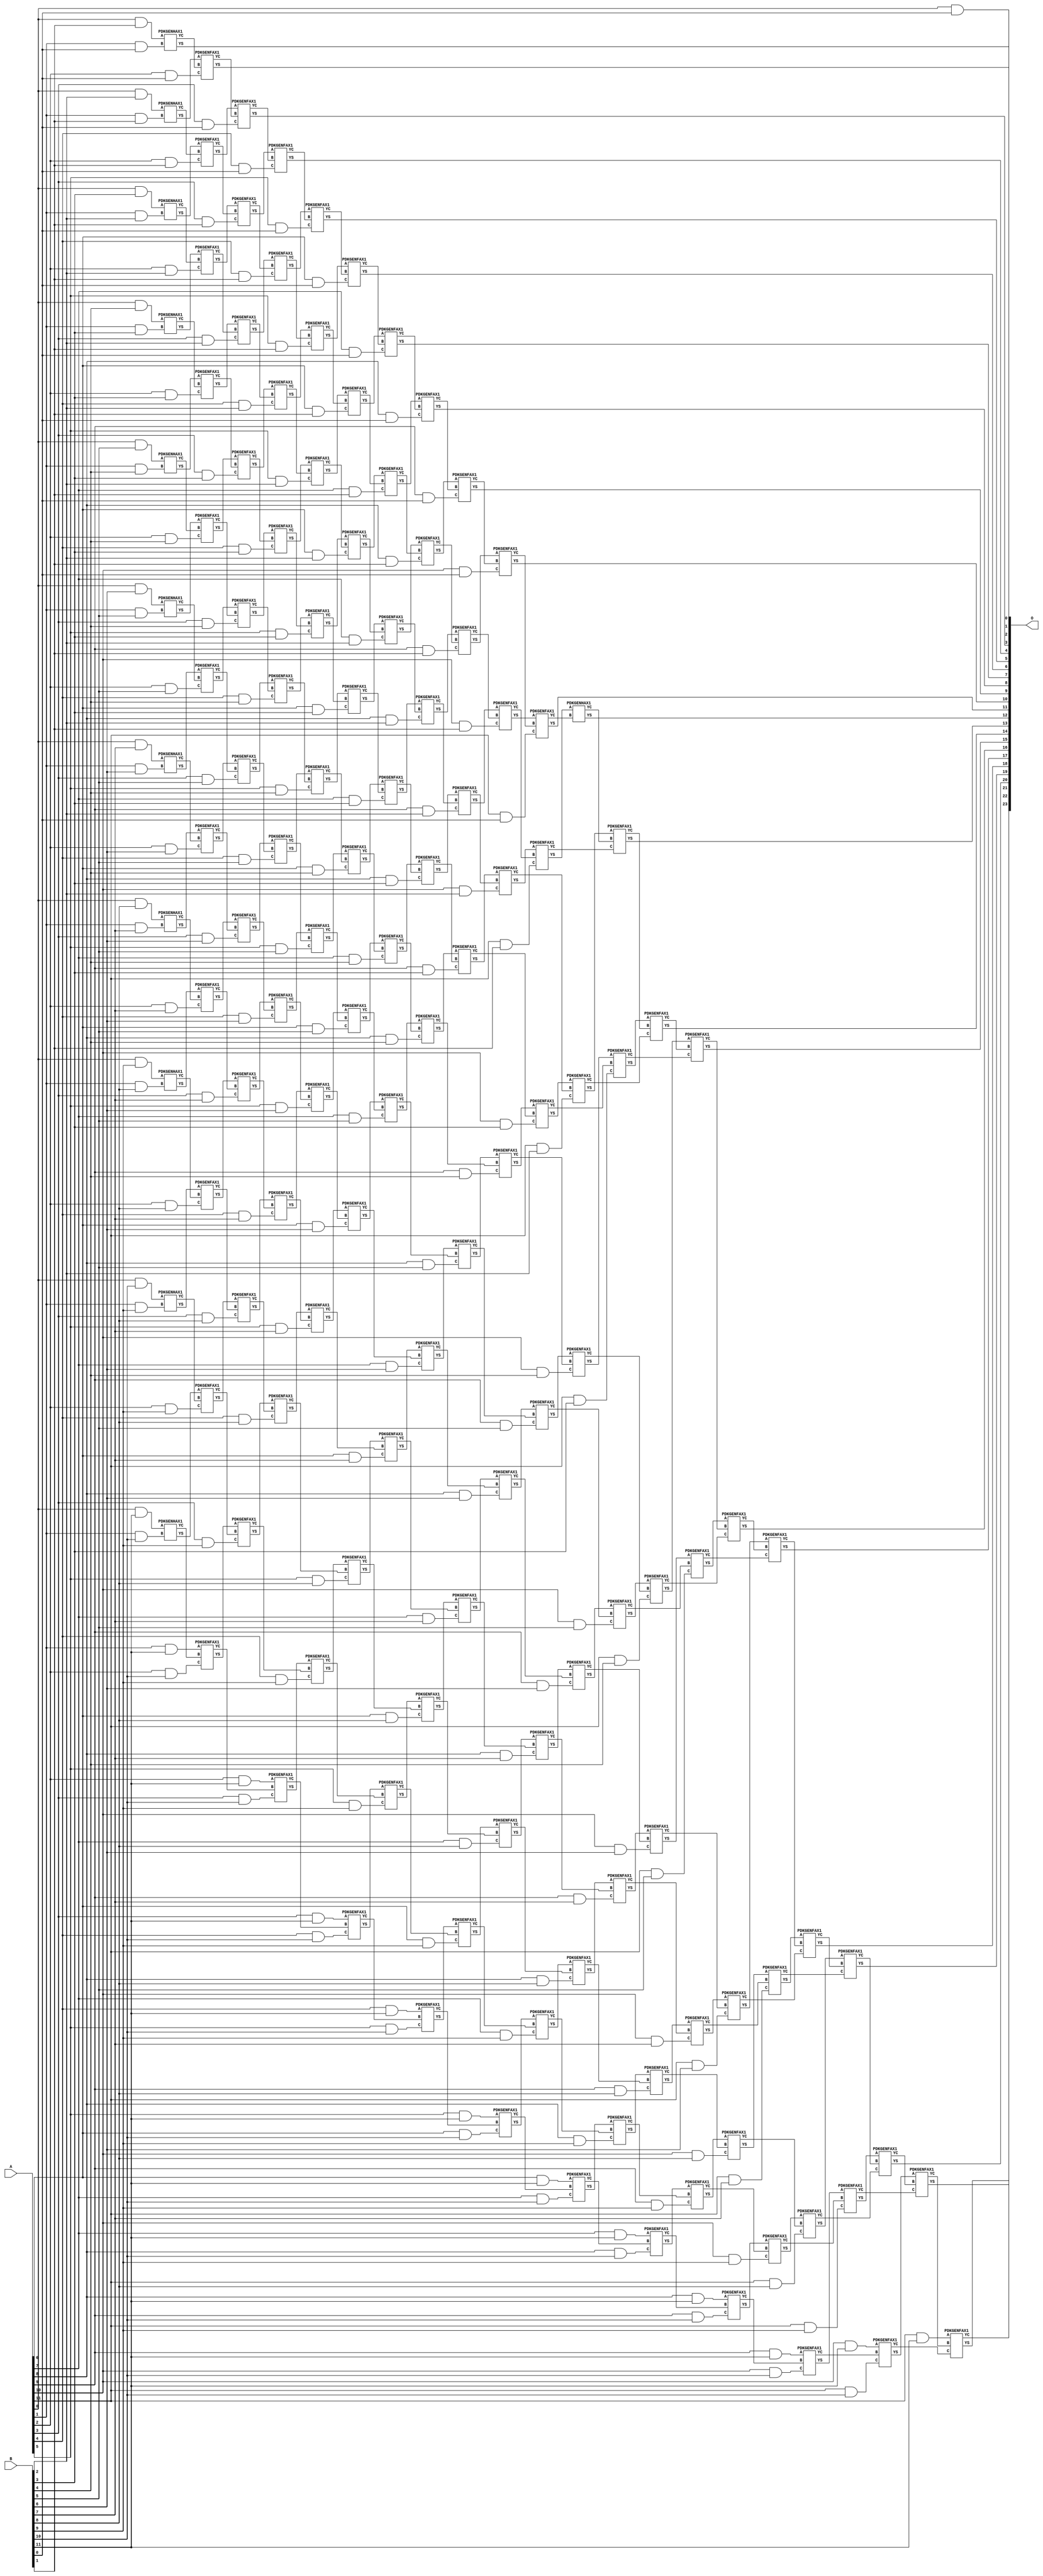
/***
* This code is a part of EvoApproxLib library (ehw.fit.vutbr.cz/approxlib) distributed under The MIT License.
* When used, please cite the following article(s): V. Mrazek, Z. Vasicek, L. Sekanina, H. Jiang and J. Han, "Scalable Construction of Approximate Multipliers With Formally Guaranteed Worst Case Error" in IEEE Transactions on Very Large Scale Integration (VLSI) Systems, vol. 26, no. 11, pp. 2572-2576, Nov. 2018. doi: 10.1109/TVLSI.2018.2856362 
* This file contains a circuit from a sub-set of pareto optimal circuits with respect to the pwr and wce parameters
***/
// MAE% = 0.00 %
// MAE = 0 
// WCE% = 0.00 %
// WCE = 0 
// WCRE% = 0.00 %
// EP% = 0.00 %
// MRE% = 0.00 %
// MSE = 0 
// PDK45_PWR = 1.157 mW
// PDK45_AREA = 1605.0 um2
// PDK45_DELAY = 2.28 ns


module mul12u_342 ( A, B, O );
  input [11:0] A;
  input [11:0] B;
  output [23:0] O;

  wire C_10_0,C_10_1,C_10_10,C_10_2,C_10_3,C_10_4,C_10_5,C_10_6,C_10_7,C_10_8,C_10_9,C_11_0,C_11_1,C_11_10,C_11_2,C_11_3,C_11_4,C_11_5,C_11_6,C_11_7,C_11_8,C_11_9,C_12_0,C_12_1,C_12_10,C_12_2,C_12_3,C_12_4,C_12_5,C_12_6,C_12_7,C_12_8,C_12_9,C_1_0,C_1_1,C_1_10,C_1_2,C_1_3,C_1_4,C_1_5,C_1_6,C_1_7,C_1_8,C_1_9,C_2_0,C_2_1,C_2_10,C_2_2,C_2_3,C_2_4,C_2_5,C_2_6,C_2_7,C_2_8,C_2_9,C_3_0,C_3_1,C_3_10,C_3_2,C_3_3,C_3_4,C_3_5,C_3_6,C_3_7,C_3_8,C_3_9,C_4_0,C_4_1,C_4_10,C_4_2,C_4_3,C_4_4,C_4_5,C_4_6,C_4_7,C_4_8,C_4_9,C_5_0,C_5_1,C_5_10,C_5_2,C_5_3,C_5_4,C_5_5,C_5_6,C_5_7,C_5_8,C_5_9,C_6_0,C_6_1,C_6_10,C_6_2,C_6_3,C_6_4,C_6_5,C_6_6,C_6_7,C_6_8,C_6_9,C_7_0,C_7_1,C_7_10,C_7_2,C_7_3,C_7_4,C_7_5,C_7_6,C_7_7,C_7_8,C_7_9,C_8_0,C_8_1,C_8_10,C_8_2,C_8_3,C_8_4,C_8_5,C_8_6,C_8_7,C_8_8,C_8_9,C_9_0,C_9_1,C_9_10,C_9_2,C_9_3,C_9_4,C_9_5,C_9_6,C_9_7,C_9_8,C_9_9,S_0_0,S_0_1,S_0_10,S_0_11,S_0_2,S_0_3,S_0_4,S_0_5,S_0_6,S_0_7,S_0_8,S_0_9,S_10_0,S_10_1,S_10_10,S_10_11,S_10_2,S_10_3,S_10_4,S_10_5,S_10_6,S_10_7,S_10_8,S_10_9,S_11_0,S_11_1,S_11_10,S_11_11,S_11_2,S_11_3,S_11_4,S_11_5,S_11_6,S_11_7,S_11_8,S_11_9,S_12_0,S_12_1,S_12_10,S_12_11,S_12_2,S_12_3,S_12_4,S_12_5,S_12_6,S_12_7,S_12_8,S_12_9,S_1_0,S_1_1,S_1_10,S_1_11,S_1_2,S_1_3,S_1_4,S_1_5,S_1_6,S_1_7,S_1_8,S_1_9,S_2_0,S_2_1,S_2_10,S_2_11,S_2_2,S_2_3,S_2_4,S_2_5,S_2_6,S_2_7,S_2_8,S_2_9,S_3_0,S_3_1,S_3_10,S_3_11,S_3_2,S_3_3,S_3_4,S_3_5,S_3_6,S_3_7,S_3_8,S_3_9,S_4_0,S_4_1,S_4_10,S_4_11,S_4_2,S_4_3,S_4_4,S_4_5,S_4_6,S_4_7,S_4_8,S_4_9,S_5_0,S_5_1,S_5_10,S_5_11,S_5_2,S_5_3,S_5_4,S_5_5,S_5_6,S_5_7,S_5_8,S_5_9,S_6_0,S_6_1,S_6_10,S_6_11,S_6_2,S_6_3,S_6_4,S_6_5,S_6_6,S_6_7,S_6_8,S_6_9,S_7_0,S_7_1,S_7_10,S_7_11,S_7_2,S_7_3,S_7_4,S_7_5,S_7_6,S_7_7,S_7_8,S_7_9,S_8_0,S_8_1,S_8_10,S_8_11,S_8_2,S_8_3,S_8_4,S_8_5,S_8_6,S_8_7,S_8_8,S_8_9,S_9_0,S_9_1,S_9_10,S_9_11,S_9_2,S_9_3,S_9_4,S_9_5,S_9_6,S_9_7,S_9_8,S_9_9;

  assign S_0_0 = (A[0] & B[0]);
  assign S_0_1 = (A[0] & B[1]);
  assign S_0_2 = (A[0] & B[2]);
  assign S_0_3 = (A[0] & B[3]);
  assign S_0_4 = (A[0] & B[4]);
  assign S_0_5 = (A[0] & B[5]);
  assign S_0_6 = (A[0] & B[6]);
  assign S_0_7 = (A[0] & B[7]);
  assign S_0_8 = (A[0] & B[8]);
  assign S_0_9 = (A[0] & B[9]);
  assign S_0_10 = (A[0] & B[10]);
  assign S_0_11 = (A[0] & B[11]);
  PDKGENHAX1 U1165 (.A(S_0_1), .B((A[1] & B[0])), .YS(S_1_0), .YC(C_1_0));
  PDKGENHAX1 U1166 (.A(S_0_2), .B((A[1] & B[1])), .YS(S_1_1), .YC(C_1_1));
  PDKGENHAX1 U1167 (.A(S_0_3), .B((A[1] & B[2])), .YS(S_1_2), .YC(C_1_2));
  PDKGENHAX1 U1168 (.A(S_0_4), .B((A[1] & B[3])), .YS(S_1_3), .YC(C_1_3));
  PDKGENHAX1 U1169 (.A(S_0_5), .B((A[1] & B[4])), .YS(S_1_4), .YC(C_1_4));
  PDKGENHAX1 U1170 (.A(S_0_6), .B((A[1] & B[5])), .YS(S_1_5), .YC(C_1_5));
  PDKGENHAX1 U1171 (.A(S_0_7), .B((A[1] & B[6])), .YS(S_1_6), .YC(C_1_6));
  PDKGENHAX1 U1172 (.A(S_0_8), .B((A[1] & B[7])), .YS(S_1_7), .YC(C_1_7));
  PDKGENHAX1 U1173 (.A(S_0_9), .B((A[1] & B[8])), .YS(S_1_8), .YC(C_1_8));
  PDKGENHAX1 U1174 (.A(S_0_10), .B((A[1] & B[9])), .YS(S_1_9), .YC(C_1_9));
  PDKGENHAX1 U1175 (.A(S_0_11), .B((A[1] & B[10])), .YS(S_1_10), .YC(C_1_10));
  assign S_1_11 = (A[1] & B[11]);
  PDKGENFAX1 U1177 (.A(S_1_1), .B(C_1_0), .C((A[2] & B[0])), .YS(S_2_0), .YC(C_2_0));
  PDKGENFAX1 U1178 (.A(S_1_2), .B(C_1_1), .C((A[2] & B[1])), .YS(S_2_1), .YC(C_2_1));
  PDKGENFAX1 U1179 (.A(S_1_3), .B(C_1_2), .C((A[2] & B[2])), .YS(S_2_2), .YC(C_2_2));
  PDKGENFAX1 U1180 (.A(S_1_4), .B(C_1_3), .C((A[2] & B[3])), .YS(S_2_3), .YC(C_2_3));
  PDKGENFAX1 U1181 (.A(S_1_5), .B(C_1_4), .C((A[2] & B[4])), .YS(S_2_4), .YC(C_2_4));
  PDKGENFAX1 U1182 (.A(S_1_6), .B(C_1_5), .C((A[2] & B[5])), .YS(S_2_5), .YC(C_2_5));
  PDKGENFAX1 U1183 (.A(S_1_7), .B(C_1_6), .C((A[2] & B[6])), .YS(S_2_6), .YC(C_2_6));
  PDKGENFAX1 U1184 (.A(S_1_8), .B(C_1_7), .C((A[2] & B[7])), .YS(S_2_7), .YC(C_2_7));
  PDKGENFAX1 U1185 (.A(S_1_9), .B(C_1_8), .C((A[2] & B[8])), .YS(S_2_8), .YC(C_2_8));
  PDKGENFAX1 U1186 (.A(S_1_10), .B(C_1_9), .C((A[2] & B[9])), .YS(S_2_9), .YC(C_2_9));
  PDKGENFAX1 U1187 (.A(S_1_11), .B(C_1_10), .C((A[2] & B[10])), .YS(S_2_10), .YC(C_2_10));
  assign S_2_11 = (A[2] & B[11]);
  PDKGENFAX1 U1189 (.A(S_2_1), .B(C_2_0), .C((A[3] & B[0])), .YS(S_3_0), .YC(C_3_0));
  PDKGENFAX1 U1190 (.A(S_2_2), .B(C_2_1), .C((A[3] & B[1])), .YS(S_3_1), .YC(C_3_1));
  PDKGENFAX1 U1191 (.A(S_2_3), .B(C_2_2), .C((A[3] & B[2])), .YS(S_3_2), .YC(C_3_2));
  PDKGENFAX1 U1192 (.A(S_2_4), .B(C_2_3), .C((A[3] & B[3])), .YS(S_3_3), .YC(C_3_3));
  PDKGENFAX1 U1193 (.A(S_2_5), .B(C_2_4), .C((A[3] & B[4])), .YS(S_3_4), .YC(C_3_4));
  PDKGENFAX1 U1194 (.A(S_2_6), .B(C_2_5), .C((A[3] & B[5])), .YS(S_3_5), .YC(C_3_5));
  PDKGENFAX1 U1195 (.A(S_2_7), .B(C_2_6), .C((A[3] & B[6])), .YS(S_3_6), .YC(C_3_6));
  PDKGENFAX1 U1196 (.A(S_2_8), .B(C_2_7), .C((A[3] & B[7])), .YS(S_3_7), .YC(C_3_7));
  PDKGENFAX1 U1197 (.A(S_2_9), .B(C_2_8), .C((A[3] & B[8])), .YS(S_3_8), .YC(C_3_8));
  PDKGENFAX1 U1198 (.A(S_2_10), .B(C_2_9), .C((A[3] & B[9])), .YS(S_3_9), .YC(C_3_9));
  PDKGENFAX1 U1199 (.A(S_2_11), .B(C_2_10), .C((A[3] & B[10])), .YS(S_3_10), .YC(C_3_10));
  assign S_3_11 = (A[3] & B[11]);
  PDKGENFAX1 U1201 (.A(S_3_1), .B(C_3_0), .C((A[4] & B[0])), .YS(S_4_0), .YC(C_4_0));
  PDKGENFAX1 U1202 (.A(S_3_2), .B(C_3_1), .C((A[4] & B[1])), .YS(S_4_1), .YC(C_4_1));
  PDKGENFAX1 U1203 (.A(S_3_3), .B(C_3_2), .C((A[4] & B[2])), .YS(S_4_2), .YC(C_4_2));
  PDKGENFAX1 U1204 (.A(S_3_4), .B(C_3_3), .C((A[4] & B[3])), .YS(S_4_3), .YC(C_4_3));
  PDKGENFAX1 U1205 (.A(S_3_5), .B(C_3_4), .C((A[4] & B[4])), .YS(S_4_4), .YC(C_4_4));
  PDKGENFAX1 U1206 (.A(S_3_6), .B(C_3_5), .C((A[4] & B[5])), .YS(S_4_5), .YC(C_4_5));
  PDKGENFAX1 U1207 (.A(S_3_7), .B(C_3_6), .C((A[4] & B[6])), .YS(S_4_6), .YC(C_4_6));
  PDKGENFAX1 U1208 (.A(S_3_8), .B(C_3_7), .C((A[4] & B[7])), .YS(S_4_7), .YC(C_4_7));
  PDKGENFAX1 U1209 (.A(S_3_9), .B(C_3_8), .C((A[4] & B[8])), .YS(S_4_8), .YC(C_4_8));
  PDKGENFAX1 U1210 (.A(S_3_10), .B(C_3_9), .C((A[4] & B[9])), .YS(S_4_9), .YC(C_4_9));
  PDKGENFAX1 U1211 (.A(S_3_11), .B(C_3_10), .C((A[4] & B[10])), .YS(S_4_10), .YC(C_4_10));
  assign S_4_11 = (A[4] & B[11]);
  PDKGENFAX1 U1213 (.A(S_4_1), .B(C_4_0), .C((A[5] & B[0])), .YS(S_5_0), .YC(C_5_0));
  PDKGENFAX1 U1214 (.A(S_4_2), .B(C_4_1), .C((A[5] & B[1])), .YS(S_5_1), .YC(C_5_1));
  PDKGENFAX1 U1215 (.A(S_4_3), .B(C_4_2), .C((A[5] & B[2])), .YS(S_5_2), .YC(C_5_2));
  PDKGENFAX1 U1216 (.A(S_4_4), .B(C_4_3), .C((A[5] & B[3])), .YS(S_5_3), .YC(C_5_3));
  PDKGENFAX1 U1217 (.A(S_4_5), .B(C_4_4), .C((A[5] & B[4])), .YS(S_5_4), .YC(C_5_4));
  PDKGENFAX1 U1218 (.A(S_4_6), .B(C_4_5), .C((A[5] & B[5])), .YS(S_5_5), .YC(C_5_5));
  PDKGENFAX1 U1219 (.A(S_4_7), .B(C_4_6), .C((A[5] & B[6])), .YS(S_5_6), .YC(C_5_6));
  PDKGENFAX1 U1220 (.A(S_4_8), .B(C_4_7), .C((A[5] & B[7])), .YS(S_5_7), .YC(C_5_7));
  PDKGENFAX1 U1221 (.A(S_4_9), .B(C_4_8), .C((A[5] & B[8])), .YS(S_5_8), .YC(C_5_8));
  PDKGENFAX1 U1222 (.A(S_4_10), .B(C_4_9), .C((A[5] & B[9])), .YS(S_5_9), .YC(C_5_9));
  PDKGENFAX1 U1223 (.A(S_4_11), .B(C_4_10), .C((A[5] & B[10])), .YS(S_5_10), .YC(C_5_10));
  assign S_5_11 = (A[5] & B[11]);
  PDKGENFAX1 U1225 (.A(S_5_1), .B(C_5_0), .C((A[6] & B[0])), .YS(S_6_0), .YC(C_6_0));
  PDKGENFAX1 U1226 (.A(S_5_2), .B(C_5_1), .C((A[6] & B[1])), .YS(S_6_1), .YC(C_6_1));
  PDKGENFAX1 U1227 (.A(S_5_3), .B(C_5_2), .C((A[6] & B[2])), .YS(S_6_2), .YC(C_6_2));
  PDKGENFAX1 U1228 (.A(S_5_4), .B(C_5_3), .C((A[6] & B[3])), .YS(S_6_3), .YC(C_6_3));
  PDKGENFAX1 U1229 (.A(S_5_5), .B(C_5_4), .C((A[6] & B[4])), .YS(S_6_4), .YC(C_6_4));
  PDKGENFAX1 U1230 (.A(S_5_6), .B(C_5_5), .C((A[6] & B[5])), .YS(S_6_5), .YC(C_6_5));
  PDKGENFAX1 U1231 (.A(S_5_7), .B(C_5_6), .C((A[6] & B[6])), .YS(S_6_6), .YC(C_6_6));
  PDKGENFAX1 U1232 (.A(S_5_8), .B(C_5_7), .C((A[6] & B[7])), .YS(S_6_7), .YC(C_6_7));
  PDKGENFAX1 U1233 (.A(S_5_9), .B(C_5_8), .C((A[6] & B[8])), .YS(S_6_8), .YC(C_6_8));
  PDKGENFAX1 U1234 (.A(S_5_10), .B(C_5_9), .C((A[6] & B[9])), .YS(S_6_9), .YC(C_6_9));
  PDKGENFAX1 U1235 (.A(S_5_11), .B(C_5_10), .C((A[6] & B[10])), .YS(S_6_10), .YC(C_6_10));
  assign S_6_11 = (A[6] & B[11]);
  PDKGENFAX1 U1237 (.A(S_6_1), .B(C_6_0), .C((A[7] & B[0])), .YS(S_7_0), .YC(C_7_0));
  PDKGENFAX1 U1238 (.A(S_6_2), .B(C_6_1), .C((A[7] & B[1])), .YS(S_7_1), .YC(C_7_1));
  PDKGENFAX1 U1239 (.A(S_6_3), .B(C_6_2), .C((A[7] & B[2])), .YS(S_7_2), .YC(C_7_2));
  PDKGENFAX1 U1240 (.A(S_6_4), .B(C_6_3), .C((A[7] & B[3])), .YS(S_7_3), .YC(C_7_3));
  PDKGENFAX1 U1241 (.A(S_6_5), .B(C_6_4), .C((A[7] & B[4])), .YS(S_7_4), .YC(C_7_4));
  PDKGENFAX1 U1242 (.A(S_6_6), .B(C_6_5), .C((A[7] & B[5])), .YS(S_7_5), .YC(C_7_5));
  PDKGENFAX1 U1243 (.A(S_6_7), .B(C_6_6), .C((A[7] & B[6])), .YS(S_7_6), .YC(C_7_6));
  PDKGENFAX1 U1244 (.A(S_6_8), .B(C_6_7), .C((A[7] & B[7])), .YS(S_7_7), .YC(C_7_7));
  PDKGENFAX1 U1245 (.A(S_6_9), .B(C_6_8), .C((A[7] & B[8])), .YS(S_7_8), .YC(C_7_8));
  PDKGENFAX1 U1246 (.A(S_6_10), .B(C_6_9), .C((A[7] & B[9])), .YS(S_7_9), .YC(C_7_9));
  PDKGENFAX1 U1247 (.A(S_6_11), .B(C_6_10), .C((A[7] & B[10])), .YS(S_7_10), .YC(C_7_10));
  assign S_7_11 = (A[7] & B[11]);
  PDKGENFAX1 U1249 (.A(S_7_1), .B(C_7_0), .C((A[8] & B[0])), .YS(S_8_0), .YC(C_8_0));
  PDKGENFAX1 U1250 (.A(S_7_2), .B(C_7_1), .C((A[8] & B[1])), .YS(S_8_1), .YC(C_8_1));
  PDKGENFAX1 U1251 (.A(S_7_3), .B(C_7_2), .C((A[8] & B[2])), .YS(S_8_2), .YC(C_8_2));
  PDKGENFAX1 U1252 (.A(S_7_4), .B(C_7_3), .C((A[8] & B[3])), .YS(S_8_3), .YC(C_8_3));
  PDKGENFAX1 U1253 (.A(S_7_5), .B(C_7_4), .C((A[8] & B[4])), .YS(S_8_4), .YC(C_8_4));
  PDKGENFAX1 U1254 (.A(S_7_6), .B(C_7_5), .C((A[8] & B[5])), .YS(S_8_5), .YC(C_8_5));
  PDKGENFAX1 U1255 (.A(S_7_7), .B(C_7_6), .C((A[8] & B[6])), .YS(S_8_6), .YC(C_8_6));
  PDKGENFAX1 U1256 (.A(S_7_8), .B(C_7_7), .C((A[8] & B[7])), .YS(S_8_7), .YC(C_8_7));
  PDKGENFAX1 U1257 (.A(S_7_9), .B(C_7_8), .C((A[8] & B[8])), .YS(S_8_8), .YC(C_8_8));
  PDKGENFAX1 U1258 (.A(S_7_10), .B(C_7_9), .C((A[8] & B[9])), .YS(S_8_9), .YC(C_8_9));
  PDKGENFAX1 U1259 (.A(S_7_11), .B(C_7_10), .C((A[8] & B[10])), .YS(S_8_10), .YC(C_8_10));
  assign S_8_11 = (A[8] & B[11]);
  PDKGENFAX1 U1261 (.A(S_8_1), .B(C_8_0), .C((A[9] & B[0])), .YS(S_9_0), .YC(C_9_0));
  PDKGENFAX1 U1262 (.A(S_8_2), .B(C_8_1), .C((A[9] & B[1])), .YS(S_9_1), .YC(C_9_1));
  PDKGENFAX1 U1263 (.A(S_8_3), .B(C_8_2), .C((A[9] & B[2])), .YS(S_9_2), .YC(C_9_2));
  PDKGENFAX1 U1264 (.A(S_8_4), .B(C_8_3), .C((A[9] & B[3])), .YS(S_9_3), .YC(C_9_3));
  PDKGENFAX1 U1265 (.A(S_8_5), .B(C_8_4), .C((A[9] & B[4])), .YS(S_9_4), .YC(C_9_4));
  PDKGENFAX1 U1266 (.A(S_8_6), .B(C_8_5), .C((A[9] & B[5])), .YS(S_9_5), .YC(C_9_5));
  PDKGENFAX1 U1267 (.A(S_8_7), .B(C_8_6), .C((A[9] & B[6])), .YS(S_9_6), .YC(C_9_6));
  PDKGENFAX1 U1268 (.A(S_8_8), .B(C_8_7), .C((A[9] & B[7])), .YS(S_9_7), .YC(C_9_7));
  PDKGENFAX1 U1269 (.A(S_8_9), .B(C_8_8), .C((A[9] & B[8])), .YS(S_9_8), .YC(C_9_8));
  PDKGENFAX1 U1270 (.A(S_8_10), .B(C_8_9), .C((A[9] & B[9])), .YS(S_9_9), .YC(C_9_9));
  PDKGENFAX1 U1271 (.A(S_8_11), .B(C_8_10), .C((A[9] & B[10])), .YS(S_9_10), .YC(C_9_10));
  assign S_9_11 = (A[9] & B[11]);
  PDKGENFAX1 U1273 (.A(S_9_1), .B(C_9_0), .C((A[10] & B[0])), .YS(S_10_0), .YC(C_10_0));
  PDKGENFAX1 U1274 (.A(S_9_2), .B(C_9_1), .C((A[10] & B[1])), .YS(S_10_1), .YC(C_10_1));
  PDKGENFAX1 U1275 (.A(S_9_3), .B(C_9_2), .C((A[10] & B[2])), .YS(S_10_2), .YC(C_10_2));
  PDKGENFAX1 U1276 (.A(S_9_4), .B(C_9_3), .C((A[10] & B[3])), .YS(S_10_3), .YC(C_10_3));
  PDKGENFAX1 U1277 (.A(S_9_5), .B(C_9_4), .C((A[10] & B[4])), .YS(S_10_4), .YC(C_10_4));
  PDKGENFAX1 U1278 (.A(S_9_6), .B(C_9_5), .C((A[10] & B[5])), .YS(S_10_5), .YC(C_10_5));
  PDKGENFAX1 U1279 (.A(S_9_7), .B(C_9_6), .C((A[10] & B[6])), .YS(S_10_6), .YC(C_10_6));
  PDKGENFAX1 U1280 (.A(S_9_8), .B(C_9_7), .C((A[10] & B[7])), .YS(S_10_7), .YC(C_10_7));
  PDKGENFAX1 U1281 (.A(S_9_9), .B(C_9_8), .C((A[10] & B[8])), .YS(S_10_8), .YC(C_10_8));
  PDKGENFAX1 U1282 (.A(S_9_10), .B(C_9_9), .C((A[10] & B[9])), .YS(S_10_9), .YC(C_10_9));
  PDKGENFAX1 U1283 (.A(S_9_11), .B(C_9_10), .C((A[10] & B[10])), .YS(S_10_10), .YC(C_10_10));
  assign S_10_11 = (A[10] & B[11]);
  PDKGENFAX1 U1285 (.A(S_10_1), .B(C_10_0), .C((A[11] & B[0])), .YS(S_11_0), .YC(C_11_0));
  PDKGENFAX1 U1286 (.A(S_10_2), .B(C_10_1), .C((A[11] & B[1])), .YS(S_11_1), .YC(C_11_1));
  PDKGENFAX1 U1287 (.A(S_10_3), .B(C_10_2), .C((A[11] & B[2])), .YS(S_11_2), .YC(C_11_2));
  PDKGENFAX1 U1288 (.A(S_10_4), .B(C_10_3), .C((A[11] & B[3])), .YS(S_11_3), .YC(C_11_3));
  PDKGENFAX1 U1289 (.A(S_10_5), .B(C_10_4), .C((A[11] & B[4])), .YS(S_11_4), .YC(C_11_4));
  PDKGENFAX1 U1290 (.A(S_10_6), .B(C_10_5), .C((A[11] & B[5])), .YS(S_11_5), .YC(C_11_5));
  PDKGENFAX1 U1291 (.A(S_10_7), .B(C_10_6), .C((A[11] & B[6])), .YS(S_11_6), .YC(C_11_6));
  PDKGENFAX1 U1292 (.A(S_10_8), .B(C_10_7), .C((A[11] & B[7])), .YS(S_11_7), .YC(C_11_7));
  PDKGENFAX1 U1293 (.A(S_10_9), .B(C_10_8), .C((A[11] & B[8])), .YS(S_11_8), .YC(C_11_8));
  PDKGENFAX1 U1294 (.A(S_10_10), .B(C_10_9), .C((A[11] & B[9])), .YS(S_11_9), .YC(C_11_9));
  PDKGENFAX1 U1295 (.A(S_10_11), .B(C_10_10), .C((A[11] & B[10])), .YS(S_11_10), .YC(C_11_10));
  assign S_11_11 = (A[11] & B[11]);
  PDKGENHAX1 U1297 (.A(S_11_1), .B(C_11_0), .YS(S_12_0), .YC(C_12_0));
  PDKGENFAX1 U1298 (.A(S_11_2), .B(C_12_0), .C(C_11_1), .YS(S_12_1), .YC(C_12_1));
  PDKGENFAX1 U1299 (.A(S_11_3), .B(C_12_1), .C(C_11_2), .YS(S_12_2), .YC(C_12_2));
  PDKGENFAX1 U1300 (.A(S_11_4), .B(C_12_2), .C(C_11_3), .YS(S_12_3), .YC(C_12_3));
  PDKGENFAX1 U1301 (.A(S_11_5), .B(C_12_3), .C(C_11_4), .YS(S_12_4), .YC(C_12_4));
  PDKGENFAX1 U1302 (.A(S_11_6), .B(C_12_4), .C(C_11_5), .YS(S_12_5), .YC(C_12_5));
  PDKGENFAX1 U1303 (.A(S_11_7), .B(C_12_5), .C(C_11_6), .YS(S_12_6), .YC(C_12_6));
  PDKGENFAX1 U1304 (.A(S_11_8), .B(C_12_6), .C(C_11_7), .YS(S_12_7), .YC(C_12_7));
  PDKGENFAX1 U1305 (.A(S_11_9), .B(C_12_7), .C(C_11_8), .YS(S_12_8), .YC(C_12_8));
  PDKGENFAX1 U1306 (.A(S_11_10), .B(C_12_8), .C(C_11_9), .YS(S_12_9), .YC(C_12_9));
  PDKGENFAX1 U1307 (.A(S_11_11), .B(C_12_9), .C(C_11_10), .YS(S_12_10), .YC(C_12_10));
  assign S_12_11 = C_12_10;
  assign O = {S_12_11,S_12_10,S_12_9,S_12_8,S_12_7,S_12_6,S_12_5,S_12_4,S_12_3,S_12_2,S_12_1,S_12_0,S_11_0,S_10_0,S_9_0,S_8_0,S_7_0,S_6_0,S_5_0,S_4_0,S_3_0,S_2_0,S_1_0,S_0_0};

endmodule

/* mod */
module PDKGENHAX1( input A, input B, output YS, output YC );
    assign YS = A ^ B;
    assign YC = A & B;
endmodule
/* mod */
module PDKGENFAX1( input A, input B, input C, output YS, output YC );
    assign YS = (A ^ B) ^ C;
    assign YC = (A & B) | (B & C) | (A & C);
endmodule